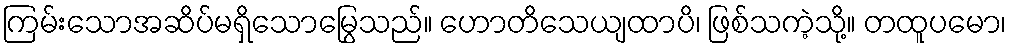
ကြမ်းသောအဆိပ်မရှိသောမြွေသည်။ ဟောတိသေယျထာပိ၊ ဖြစ်သကဲ့သို့။ တထူပမော၊